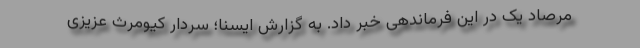
مرصاد یک در این فرماندهی خبر داد. به گزارش ایسنا؛ سردار کیومرث عزیزی